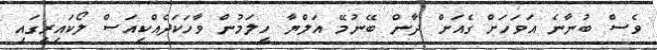
ވެސް ބުނާނެ އަވަހަށް ގެއަށް ދާން ބޭނުމޭ އަލްޔާ ހީލަމުން ވާހަކަދެއްކިއަސް ލޯކައިރީގައި